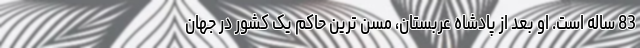
83 ساله است. او بعد از پادشاه عربستان، مسن ترین حاکم یک کشور در جهان